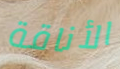
الأناقة